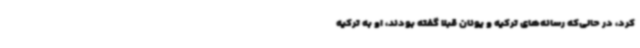
کرد، در حالی‌که رسانه‌های ترکیه و یونان قبلا گفته بودند، او به ترکیه